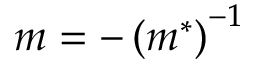
m = - \left( m ^ { * } \right) ^ { - 1 }